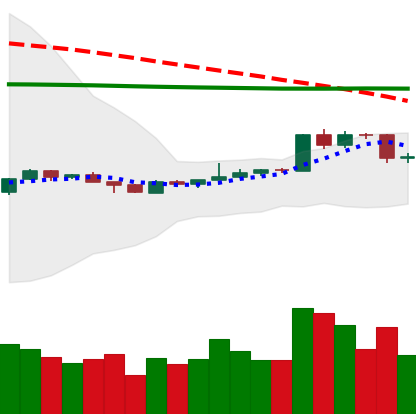
Ticker: EOS-USD
Chart end date: 2020-04-11
Forward return: 6.167%
Label: up_5_7